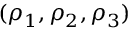
( \rho _ { 1 } , \rho _ { 2 } , \rho _ { 3 } )